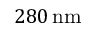
2 8 0 \, \mathrm { n m }